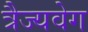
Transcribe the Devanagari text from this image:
त्रैज्यवेग